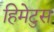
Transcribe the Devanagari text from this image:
हिमेटुस